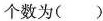
个数为( )